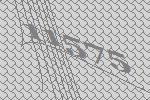
11575